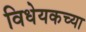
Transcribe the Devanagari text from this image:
विधेयकच्या